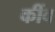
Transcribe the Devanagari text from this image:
कींव